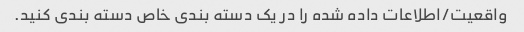
واقعیت/اطلاعات داده شده را در یک دسته بندی خاص دسته بندی کنید.